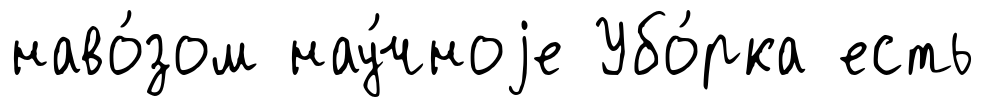
наво́зом нау́чноjе Убо́рка есть